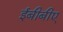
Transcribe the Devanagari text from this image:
ईबीबीए